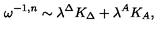
\omega ^ { - 1 , n } \sim \lambda ^ { \Delta } K _ { \Delta } + \lambda ^ { A } K _ { A } ,